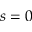
s = 0